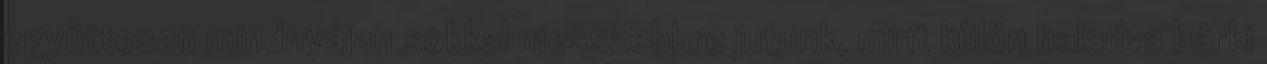
együttesen mindnyájan sokkal messzebbre jutunk, mint külön haladva bárki